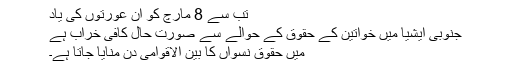
تب سے 8 مارچ کو ان عورتوں کی یاد
جنوبی ایشیا میں خواتین کے حقوق کے حوالے سے صورت حال کافی خراب ہے
میں حقوق نسواں کا بین الاقوامی دن منایا جاتا ہے۔